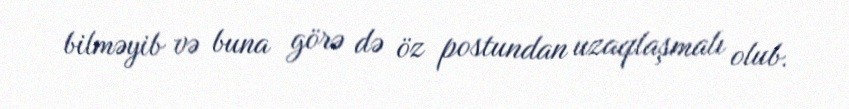
bilməyib və buna görə də öz postundan uzaqlaşmalı olub.